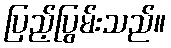
ပြည့်ပြွမ်းသည်။